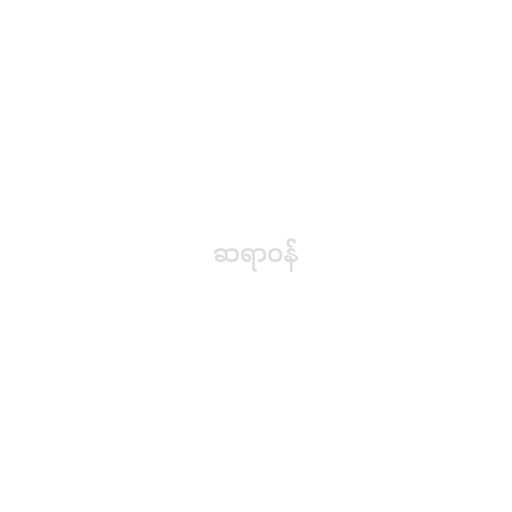
ဆရာဝန်